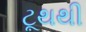
ટૂથથી